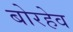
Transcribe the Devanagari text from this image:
बोरहेव